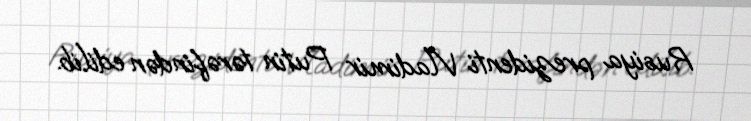
Rusiya prezidenti Vladimir Putin tərəfindən edilib.